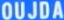
OUJDA